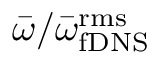
\bar { \omega } / \bar { \omega } _ { \mathrm { f D N S } } ^ { \mathrm { r m s } }